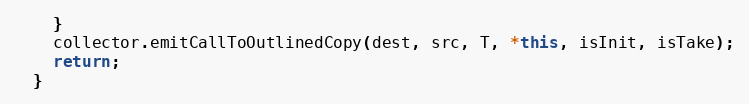
Language: C++
    }
    collector.emitCallToOutlinedCopy(dest, src, T, *this, isInit, isTake);
    return;
  }